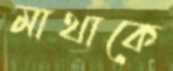
মাথাকে